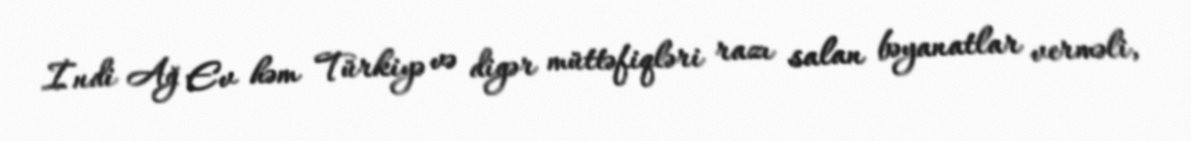
İndi Ağ Ev həm Türkiyə və digər müttəfiqləri razı salan bəyanatlar verməli,